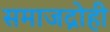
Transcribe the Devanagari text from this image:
समाजद्रोही